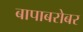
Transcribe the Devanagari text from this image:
बापाबरोबर